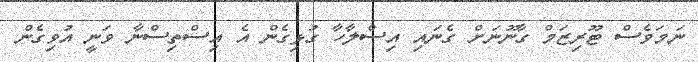
ނަމަވެސް ޓޫރިޒަމް ގާނޫނަށް ގެނައި އިސްލާހާ ގުޅިގެން އެ އިސްތިސްނާ ވަނީ އުވިގެން